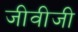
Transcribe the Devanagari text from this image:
जीवीजी